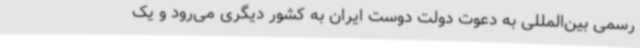
رسمی بین‌المللی به دعوت دولت دوست ایران به کشور دیگری می‌رود و یک